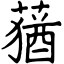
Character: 蕕